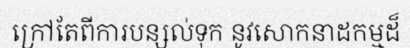
ក្រៅតែពីការបន្សល់ទុក នូវសោកនាដកម្មដ៏